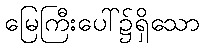
မြေကြီးပေါ်၌ရှိသော